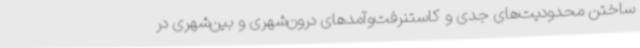
ساختن محدودیت‌های جدی و کاستنرفت‌وآمدهای درون‌شهری و بین‌شهری در